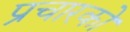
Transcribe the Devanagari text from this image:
प्रचारको